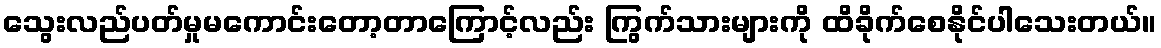
သွေးလည်ပတ်မှုမကောင်းတော့တာကြောင့်လည်း ကြွက်သားများကို ထိခိုက်စေနိုင်ပါသေးတယ်။